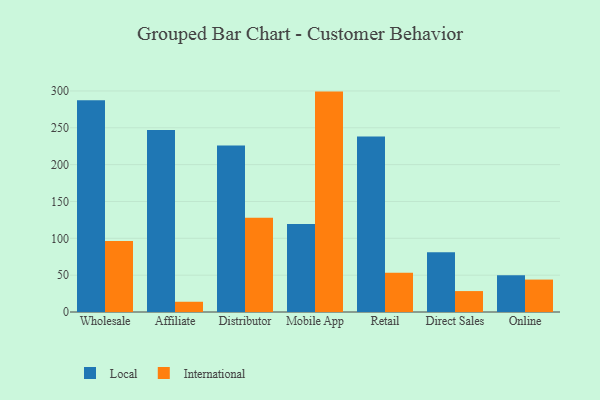
{"axis": {"x": "Channel", "y": "Production Output"}, "legend": ["International", "Local"], "data": [{"x": "Wholesale", "y": 287.2, "type": "Local"}, {"x": "Wholesale", "y": 96.5, "type": "International"}, {"x": "Affiliate", "y": 247.0, "type": "Local"}, {"x": "Affiliate", "y": 13.9, "type": "International"}, {"x": "Distributor", "y": 226.1, "type": "Local"}, {"x": "Distributor", "y": 127.9, "type": "International"}, {"x": "Mobile App", "y": 119.4, "type": "Local"}, {"x": "Mobile App", "y": 299.1, "type": "International"}, {"x": "Retail", "y": 238.0, "type": "Local"}, {"x": "Retail", "y": 53.4, "type": "International"}, {"x": "Direct Sales", "y": 81.0, "type": "Local"}, {"x": "Direct Sales", "y": 28.4, "type": "International"}, {"x": "Online", "y": 50.0, "type": "Local"}, {"x": "Online", "y": 44.0, "type": "International"}]}